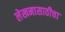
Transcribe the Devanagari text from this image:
लेखनासाठीचा